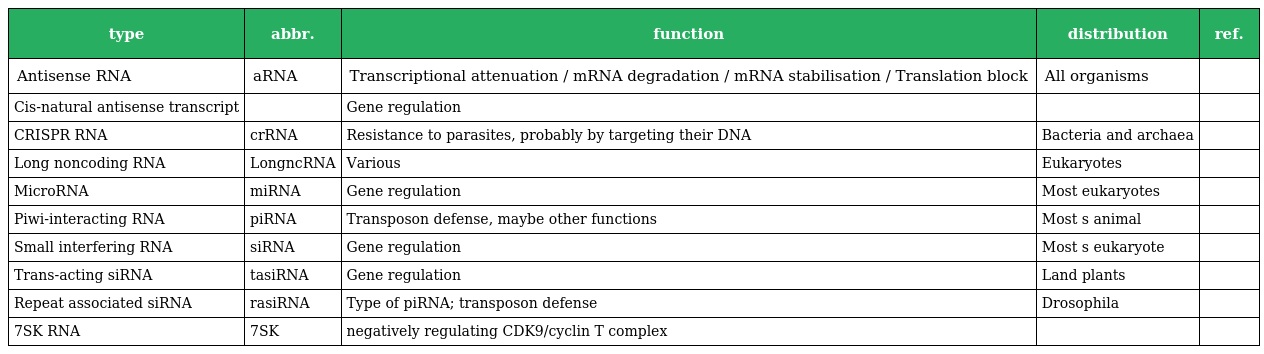
| type | abbr. | function | distribution | ref. |
 | --- | --- | --- | --- | --- |
 | Antisense RNA | aRNA | Transcriptional attenuation / mRNA degradation / mRNA stabilisation / Translation block | All organisms |  |
 | Cis-natural antisense transcript |  | Gene regulation |  |  |
 | CRISPR RNA | crRNA | Resistance to parasites, probably by targeting their DNA | Bacteria and archaea |  |
 | Long noncoding RNA | LongncRNA | Various | Eukaryotes |  |
 | MicroRNA | miRNA | Gene regulation | Most eukaryotes |  |
 | Piwi-interacting RNA | piRNA | Transposon defense, maybe other functions | Most s animal |  |
 | Small interfering RNA | siRNA | Gene regulation | Most s eukaryote |  |
 | Trans-acting siRNA | tasiRNA | Gene regulation | Land plants |  |
 | Repeat associated siRNA | rasiRNA | Type of piRNA; transposon defense | Drosophila |  |
 | 7SK RNA | 7SK | negatively regulating CDK9/cyclin T complex |  |  |